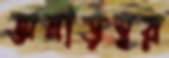
অনাড়ম্বর